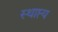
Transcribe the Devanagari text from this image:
स्थाप्त्य